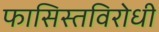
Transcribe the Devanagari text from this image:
फासिस्तविरोधी